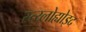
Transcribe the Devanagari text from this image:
स्त्य्लोह्योइद